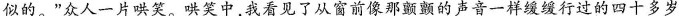
似的。”众人一片哄笑。哄笑中，我看见了从窗前像那颤颤的声音一样缓缓行过的四十多岁